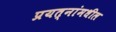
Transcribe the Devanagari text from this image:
प्रयत्‍नांमधील